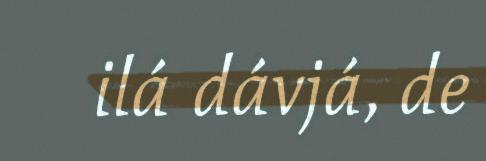
ilá dávjá, de